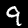
Label: 9